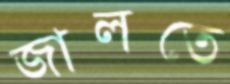
জালতে